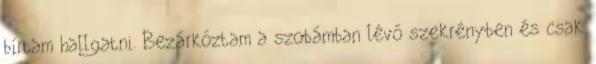
bírtam hallgatni. Bezárkóztam a szobámban lévő szekrényben és csak